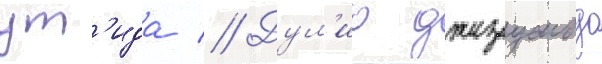
ут'ида // Дул'ио джезуальдо